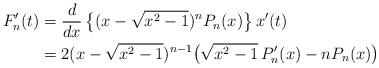
LaTeX: \begin{align*}F_n^{\prime}(t)&=\frac{d}{dx}\,\big\{(x-\sqrt{x^2-1})^nP_n(x)\big\}\,x^{\prime}(t)\\&=2(x-\sqrt{x^2-1})^{n-1} \big(\sqrt{x^2-1}\,P_n^{\prime}(x)-nP_n(x)\big)\end{align*}